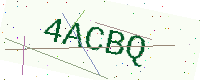
Text: 4ACBQ